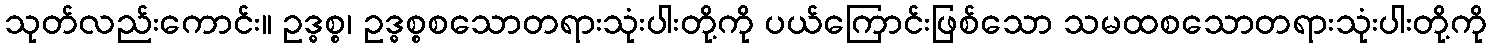
သုတ်လည်းကောင်း။ ဥဒ္ဓစ္စ၊ ဥဒ္ဓစ္စစသောတရားသုံးပါးတို့ကို ပယ်ကြောင်းဖြစ်သော သမထစသောတရားသုံးပါးတို့ကို